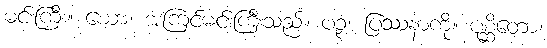
မင်းကြီး။ ယော၊ အကြင်မင်းကြီးသည်။ ပဉှံ၊ ပြဿနာကို။ ပုစ္ဆိတော၊